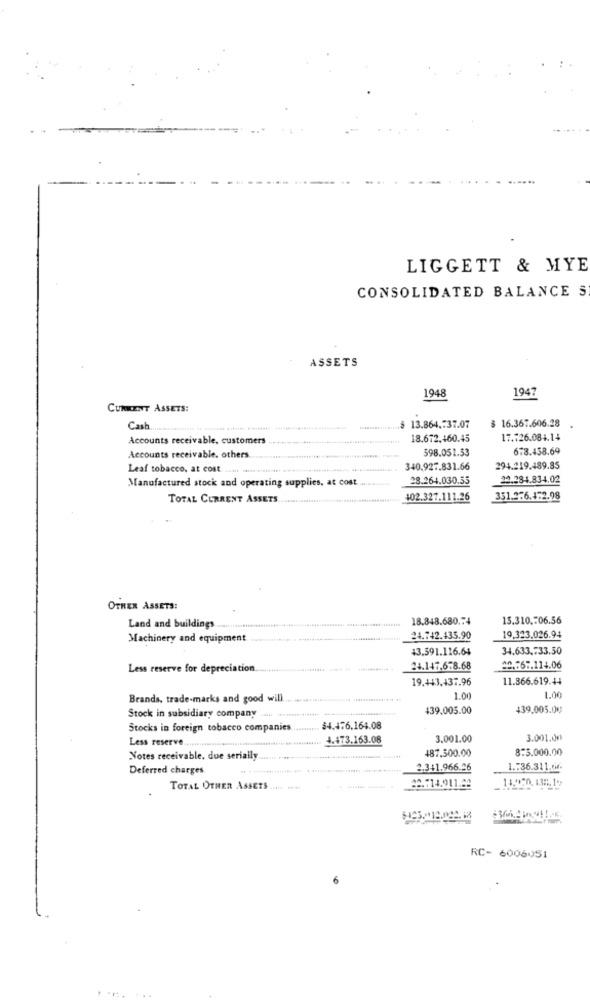
LIGGETT & MYE
CONSOLIDATED BALANCE S
ASSETS
1947
1948
CURRENT ASSETS:
$ 16.367.606.28
Cash
13.864.737.07
Accounts receivable, customers
18.672.460.45
17.726.084.14
598.051.53
673.438.69
Accounts receivable. others
Leaf tobacco, at cost
340.927.831.66
294.219.489.85
28.264.030.55
22.284.834.02
Manufactured stock and operating supplies, at cost
TOTAL CURRENT ASSETS.
102.327.111.26
351.276.4.2.98
OTHER ASSETS:
18.848.680 .: 4
15.310 .= 06.56
Land and buildings
Machinery and equipment
24.742.435.90
19.323.026.94
43.591.116.64
34.633.733.50
Less reserve for depreciation.
24.147.678.68
20.767.114.06
19.443,437.96
11.866.619.44
Brands, trade-marks and good will
1.00
439.005.00
439,005.00
Stock in subsidiary company .... ......... itt-
Stocks in foreign tobacco companies
$4.476.164.08
Less reserve.
4.473.163.08
3.001.00
3.001.00
487,500.00
8:5.000.00
Notes receivable, due serially
Deferred charges
2.341.966.26
1 .: 36.311.04.
14.470.135.1'>
TOTAL OTHER ASSETS ..
22.714.011.22
RC- 6006051